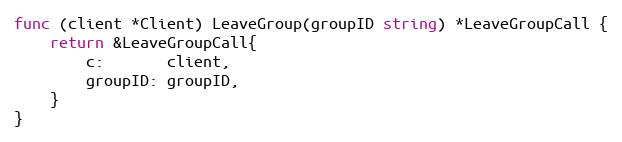
Language: Go
func (client *Client) LeaveGroup(groupID string) *LeaveGroupCall {
	return &LeaveGroupCall{
		c:       client,
		groupID: groupID,
	}
}